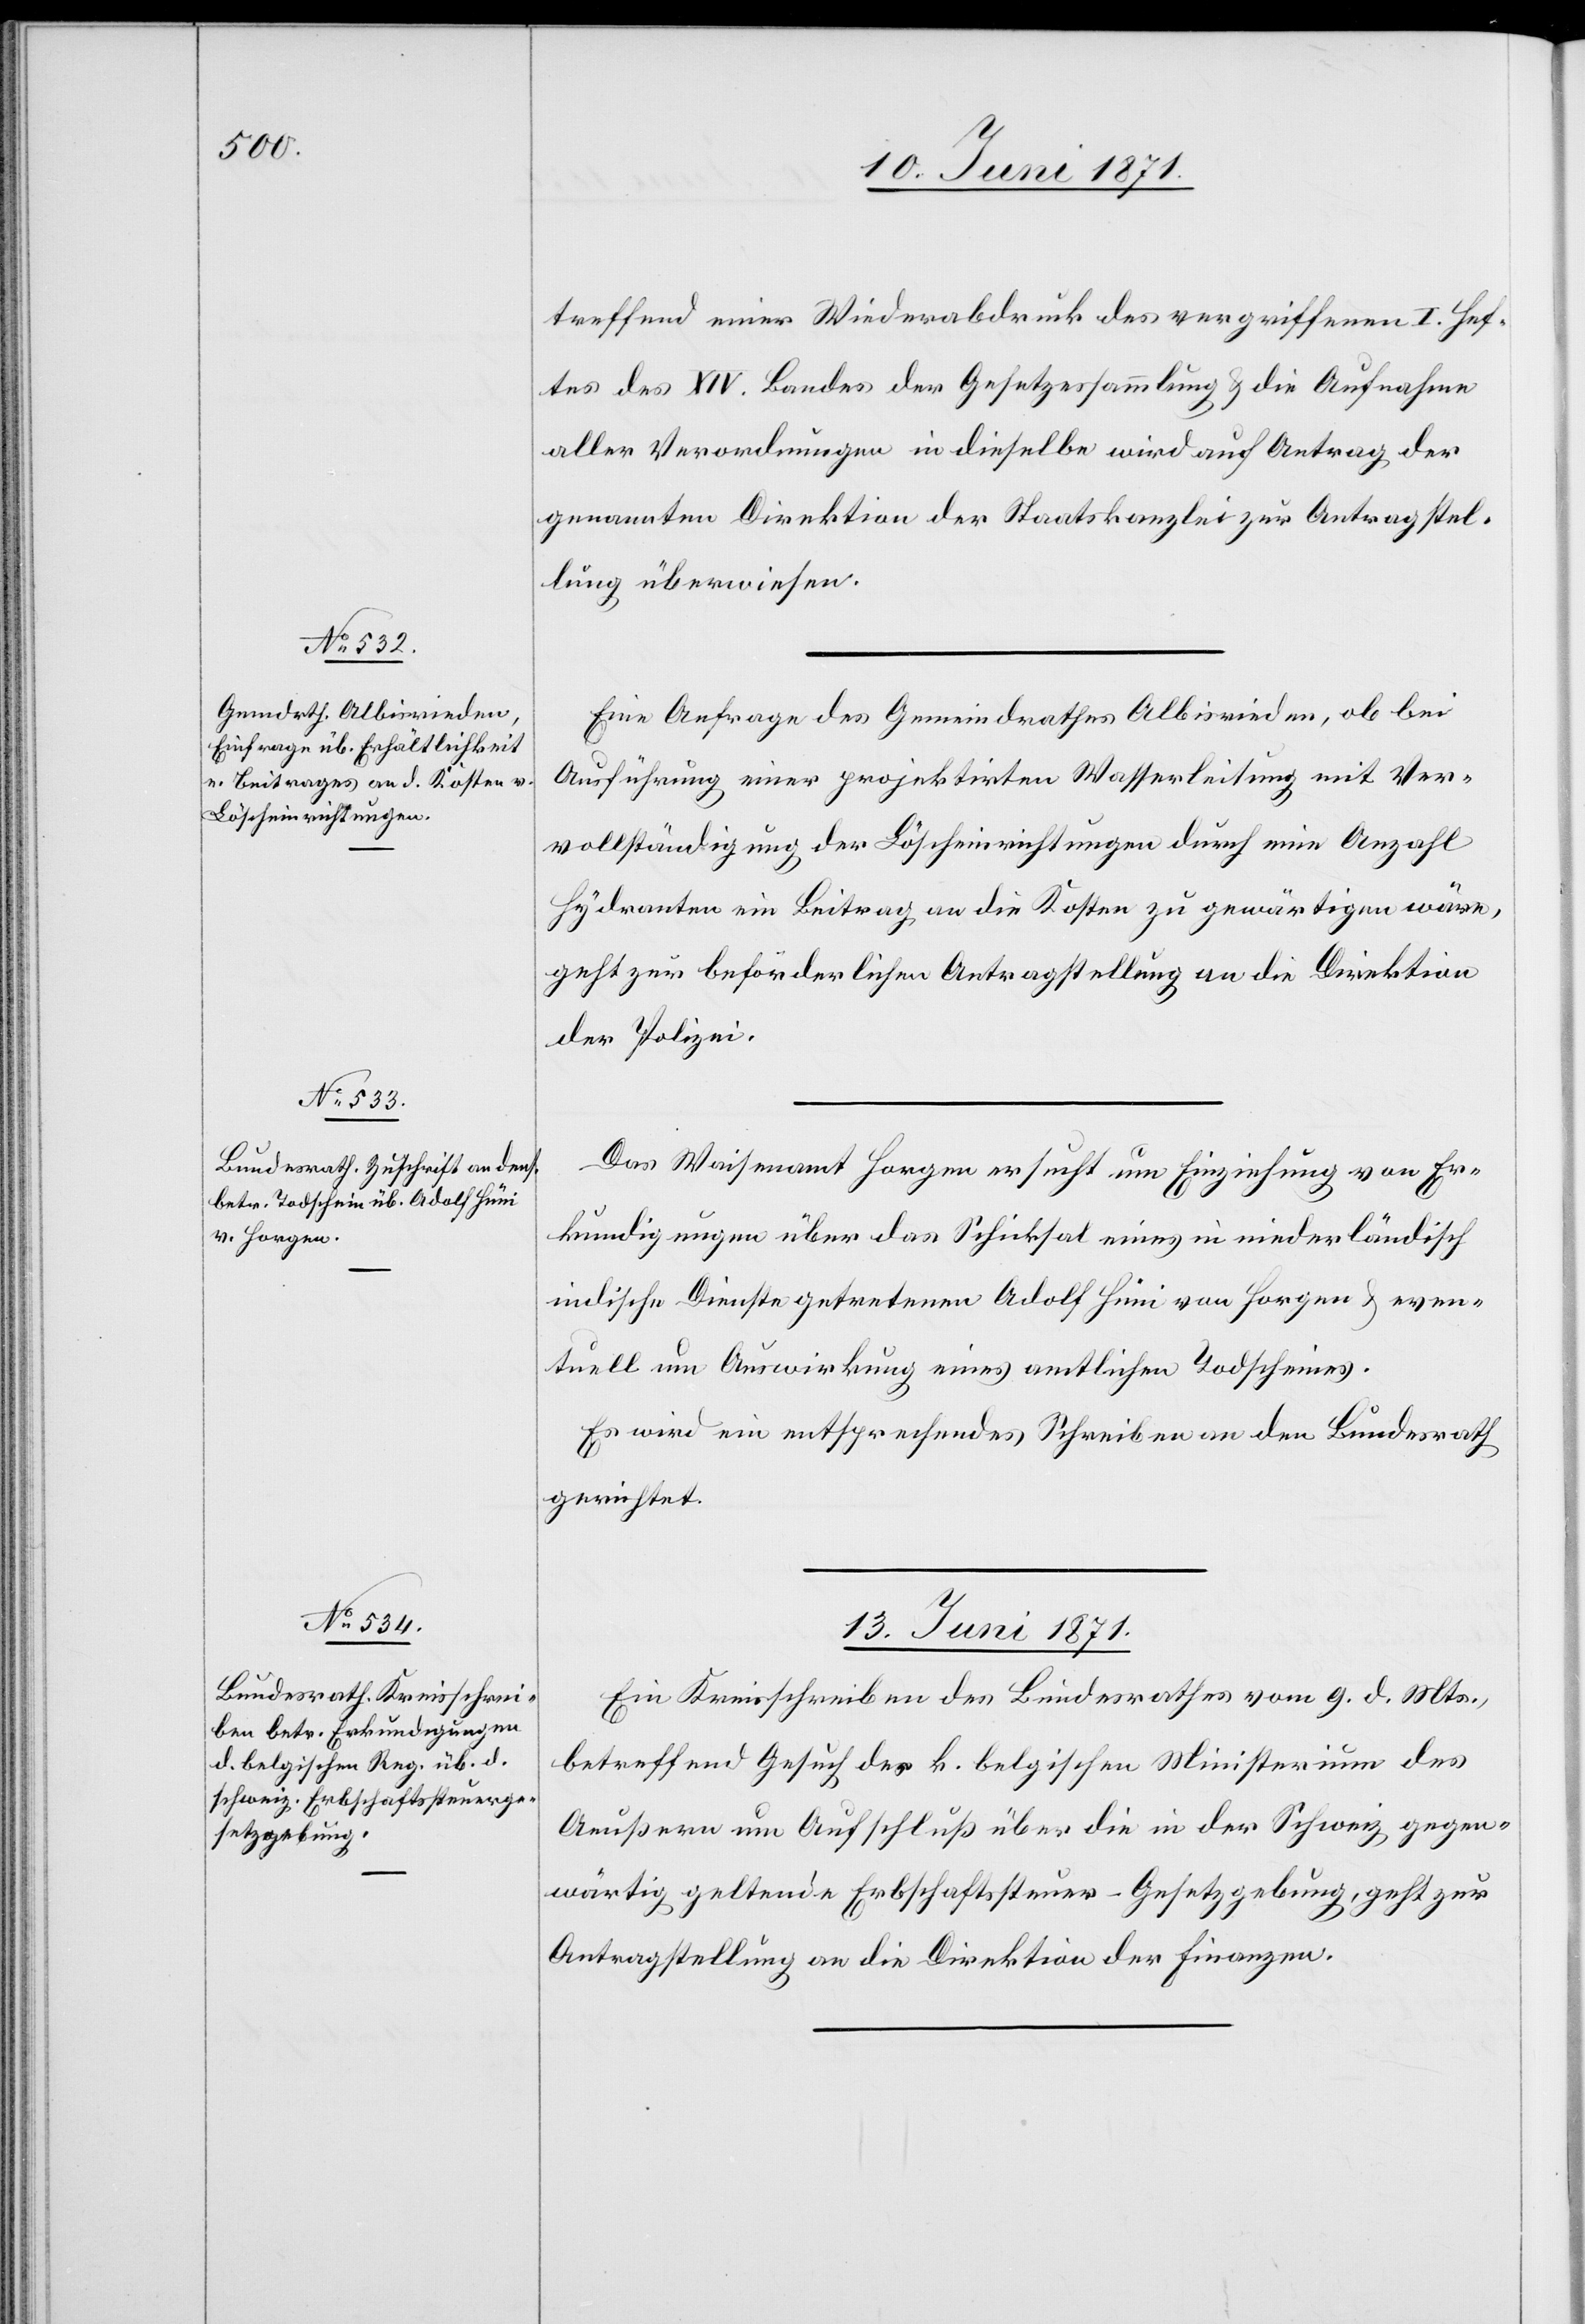
treffend einer [sic!] Wiederabdruck des vergriffenen I. Hef¬
tes des XIV. Bandes der Gesetzessammlung u. die Aufnahme
aller Verordnungen in dieselbe wird auf Antrag der
genannten Direktion der Staatskanzlei zur Antragstel¬
lung überwiesen.
Eine Anfrage des Gemeindrathes Albisrieden, ob bei
Ausführung einer projektirten Wasserleitung mit Ver¬
vollständigung der Löscheinrichtungen durch eine Anzahl
Hydranten ein Beitrag an die Kosten zu gewärtigen wäre,
geht zur beförderlichen Antragstellung an die Direktion
der Polizei.
Das Waisenamt Horgen ersucht um Einziehung von Er¬
kundigungen über das Schiksal eines in niederländisch
indische Dienste getretenen Adolf Hüni von Horgen u. even¬
tuell um Auswirkung eines amtlichen Todscheines.
Es wird ein entsprechendes Schreiben an den Bundesrath
gerichtet.
13. Juni 1871.
Ein Kreisschreiben des Bundesrath vom 9. d. Mts.,
betreffend Gesuch des k. belgischen Ministeriums des
Aeußern um Aufschluß über die in der Schweiz gegen¬
wärtig geltende Erbschaftssteuer-Gesetzgebung, geht zur
Antragstellung an die Direktion der Finanzen.